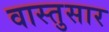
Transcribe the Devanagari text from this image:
वास्तुसार